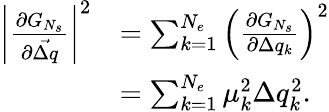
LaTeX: \begin{array}{rl}{\left\vert\frac{\partial G_{N_{s}}}{\partial\vec{\Delta q}}\right\vert^{2}}&{=\sum_{k=1}^{N_{e}}{\left(\frac{\partial G_{N_{s}}}{\partial\Delta q_{k}}\right)^{2}}}\\ &{=\sum_{k=1}^{N_{e}}{\mu_{k}^{2}\Delta q_{k}^{2}}.}\end{array}